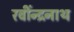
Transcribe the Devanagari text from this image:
रवींन्द्रनाथ